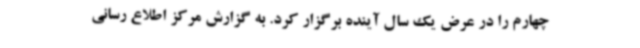
چهارم را در عرض یک سال آینده برگزار کرد. به گزارش مرکز اطلاع رسانی